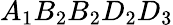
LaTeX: A_{1}B_{2}B_{2}D_{2}D_{3}